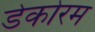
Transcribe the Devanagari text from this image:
डेकोरम